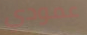
عمودي